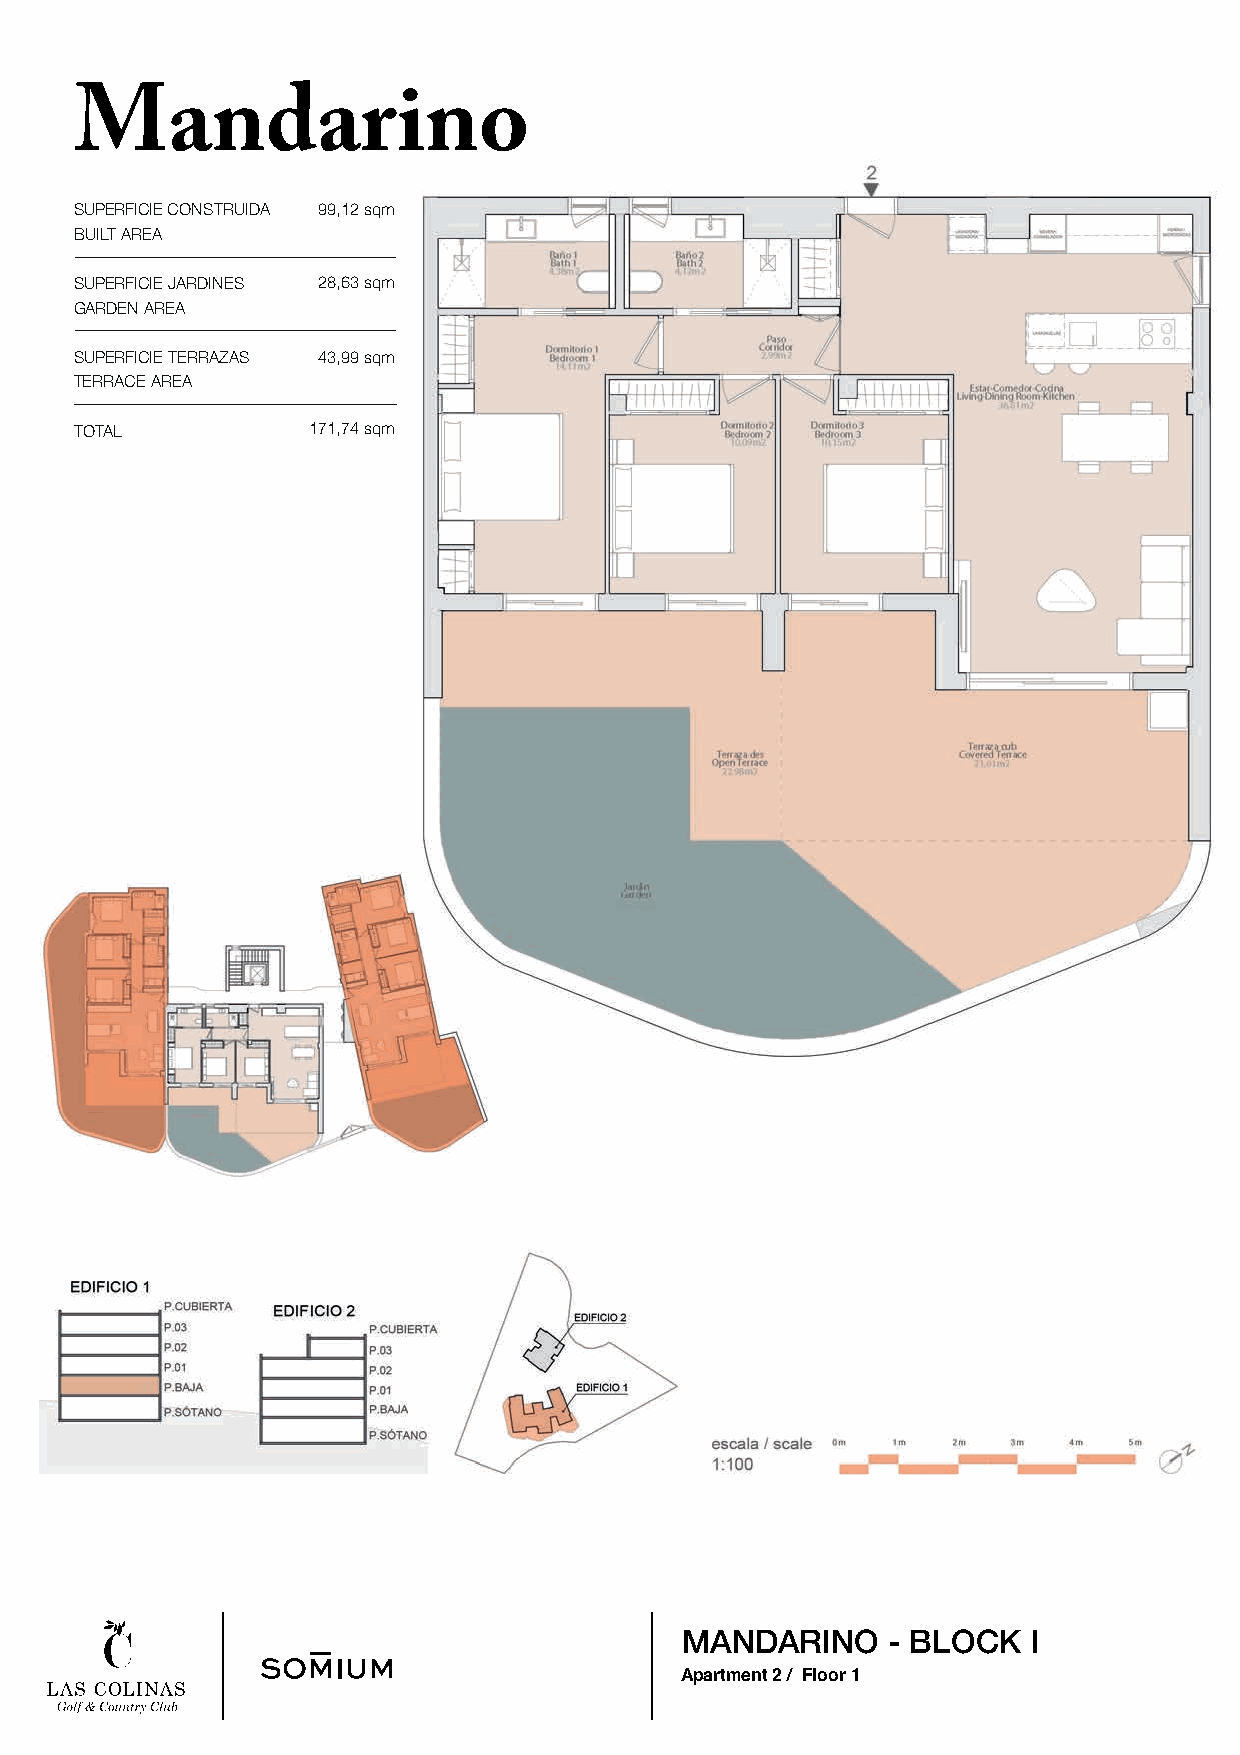
Mandarino
 SUPERFICIE CONSTRUIDA 99,12 sqm
 BUILT AREA
 SUPERFICIE JARDINES 28,63 sqm
 GARDEN AREA
 SUPERFICIE TERRAZAS 43,99 sqm
 TERRACE AREA
 TOTAL          171,74 sqm
 MANDARINO     - BLOCK  I
 Apartment 2 / Floor 1